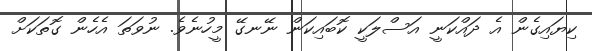
ކިޔައިގެން އެ ދައްކަނީ އަސްލަކީ ކޮބައިކަން ނޭނގޭ މީހުނެވެ. ނުވަތަ އެހެން ގޮތަކަށް